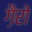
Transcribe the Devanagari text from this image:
गै़रो